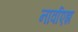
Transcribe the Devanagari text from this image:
नार्वाएझ